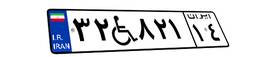
۳۲W۸۲۱۱۴